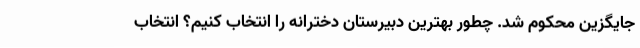
جایگزین محکوم شد. چطور بهترین دبیرستان دخترانه را انتخاب کنیم؟ انتخاب